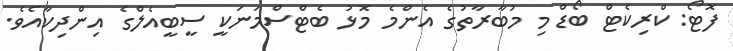
ފޮޓޯ: ކްރިކެޓް ބޯޑް މި މުބާރާތުގެ އެންމެ މޮޅު ބެޓްސްމަނަކީ ސީބީއެލްގެ އިންދިކާއެވެ.